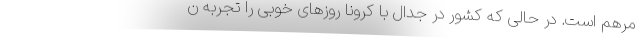
مرهم است. در حالی که کشور در جدال با کرونا روزهای خوبی را تجربه ن